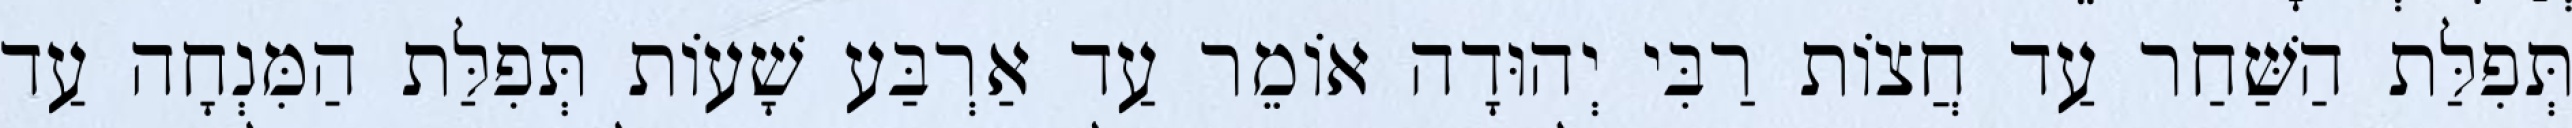
תְּפִלַּת הַשַּׁחַר עַד חֲצוֹת רַבִּי יְהוּדָה אוֹמֵר עַד אַרְבַּע שָׁעוֹת תְּפִלַּת הַמִּנְחָה עַד